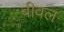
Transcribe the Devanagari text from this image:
बीवल